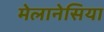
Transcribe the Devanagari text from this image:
मेलानेसिया